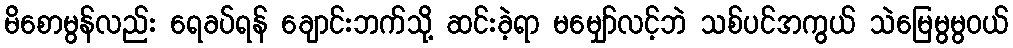
မိစောမွန်လည်း ရေခပ်ရန် ချောင်းဘက်သို့ ဆင်းခဲ့ရာ မမျှော်လင့်ဘဲ သစ်ပင်အကွယ် သဲမြေမွမွဝယ်